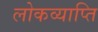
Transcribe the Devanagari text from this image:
लोकव्याप्ति